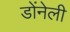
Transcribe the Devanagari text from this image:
डोंनेली